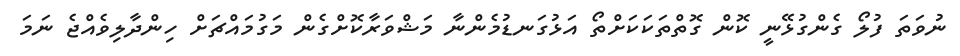
ނުވަތަ ފުލޯ ގެންގުޅޭނީ ކޮން ގޮތްތަކަކަށްތޯ އަޅުގަނޑުމެންނާ މަޝްވަރާކޮށްގެން މަގުމައްޗަށް ހިންދާލިވެއްޖެ ނަމަ